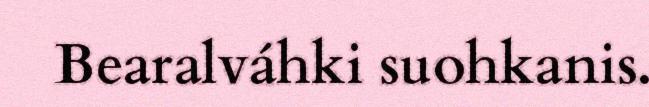
Bearalváhki suohkanis.